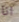
انا